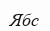
Ябс